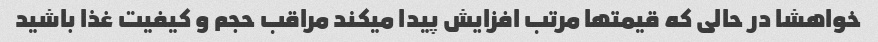
خواهشا در حالی که قیمتها مرتب افزایش پیدا میکند مراقب حجم و کیفیت غذا باشید